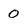
Character: 0